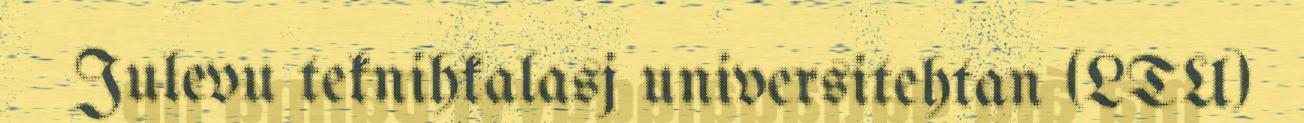
Julevu teknihkalasj universitehtan (LTU)